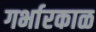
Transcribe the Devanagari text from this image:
गर्भारकाळ